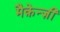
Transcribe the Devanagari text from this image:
मैक़ेन्ज़ी